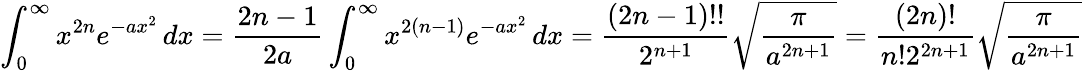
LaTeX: \int_{0}^{\infty}x^{2n}e^{-ax^{2}}\, dx={\frac{2n-1}{2a}}\int_{0}^{\infty}x^{2(n-1)}e^{-ax^{2}}\, dx={\frac{(2n-1)!!}{2^{n+1}}}{\sqrt{\frac{\pi}{a^{2n+1}}}}={\frac{(2n)!}{n!2^{2n+1}}}{\sqrt{\frac{\pi}{a^{2n+1}}}}